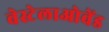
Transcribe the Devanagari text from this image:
वेस्टेलाओवेंड